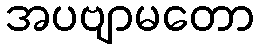
အပဗျာမတော